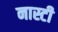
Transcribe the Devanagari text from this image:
नास्टी